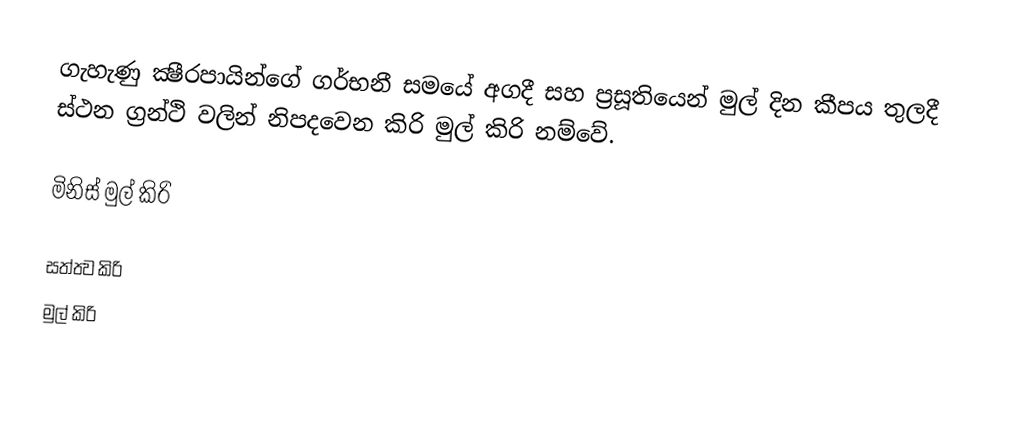
ගැහැණු ක්‍ෂීරපායින්ගේ ගර්භනී සමයේ අගදී සහ ප්‍රසූතියෙන් මුල් දින කීපය තුලදී ස්ථන ග්‍රන්ථි වලින් නිපදවෙන කිරි මුල් කිරි නම්වේ.

මිනිස් මුල් කිරි

සත්ත්‍ව කිරි
මුල් කිරි